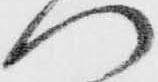
門